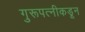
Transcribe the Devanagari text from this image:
गुरूपत्‍नीकडून